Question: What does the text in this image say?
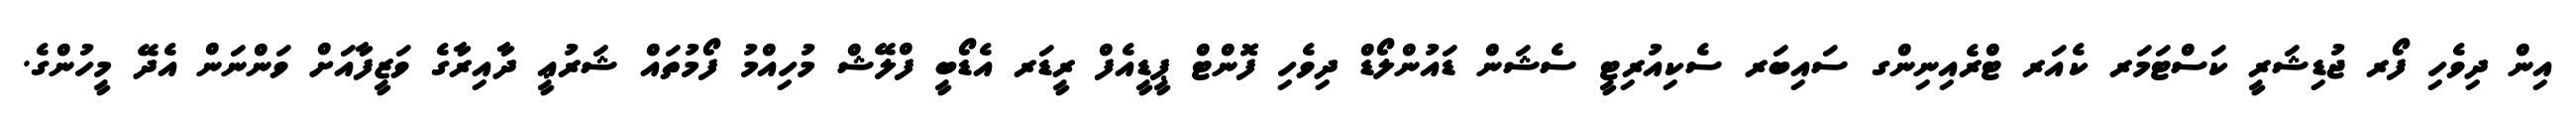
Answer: އިން ދިވެހި ފޯރ ޖުޑިޝަރީ ކަސްޓަމަރ ކެއަރ ޓްރެއިނިންގ ސައިބަރ ސެކިއުރިޓީ ސެޝަން ޑައުންލޯޑް ދިވެހި ފޮންޓް ޕީޑީއެފް ރީޑަރ އެޑޯބީ ފްލޭޝް މުހިއްމު ފޯމުތައް ޝަރުޢީ ދާއިރާގެ ވަޒީފާއަށް ވަންނަން އެދޭ މީހުންގެ.